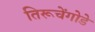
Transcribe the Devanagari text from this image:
तिरूचेंगोडे